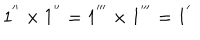
LaTeX: 1 ^ { ' ^ { \prime } } \times 1 ^ { ' ^ { \prime } } = 1 ^ { ' ^ { \prime \prime } } \times 1 ^ { ' ^ { \prime \prime } } = 1 ^ { ' }